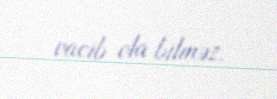
vacib ola bilməz.